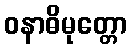
ဝနာဓိမုတ္တော